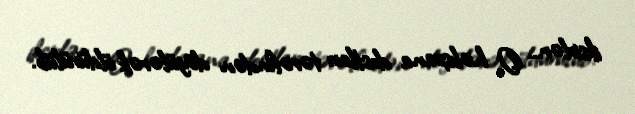
iksirlər... O, həbsxana dostları tərəfindən döyülərək öldürülüb.